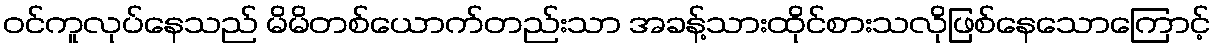
ဝင်ကူလုပ်နေသည် မိမိတစ်ယောက်တည်းသာ အခန့်သားထိုင်စားသလိုဖြစ်နေသောကြောင့်